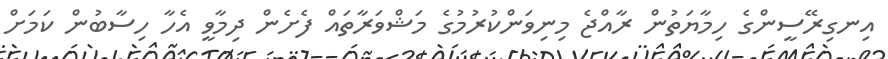
އިނގިރޭސީންގެ ހިމާޔަތުން ރާއްޖެ މިނިވަންކުރުމުގެ މަޝްވަރާތައް ފެށެން ދިމާވީ އެހާ ހިސާބުން ކަމަށް